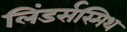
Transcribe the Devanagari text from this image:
लिंडर्सस्मिथ